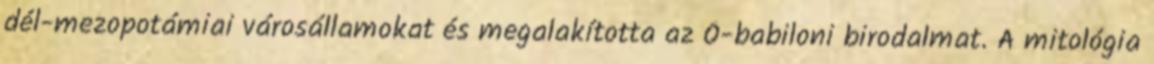
dél-mezopotámiai városállamokat és megalakította az Ó-babiloni birodalmat. A mitológia